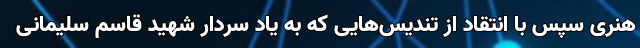
هنری سپس با انتقاد از تندیس‌هایی که به یاد سردار شهید قاسم سلیمانی